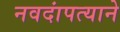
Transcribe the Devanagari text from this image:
नवदांपत्याने